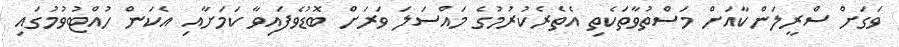
ވަގަށް ސްރީލަންކާއަށް މަސްތުވާތަކެތި އެތެރެކުރުމުގެ މައްސަލަ ވަރަށް ބޮޑުވެފައިވާ ކަމަށާއި އެކަން ހުއްޓުވުމުގައި